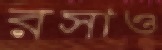
রসাও